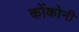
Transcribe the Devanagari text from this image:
कोंकोनी